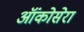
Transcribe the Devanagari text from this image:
ऑंकोसेरा